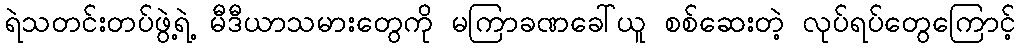
ရဲသတင်းတပ်ဖွဲ့ရဲ့ မီဒီယာသမားတွေကို မကြာခဏခေါ်ယူ စစ်ဆေးတဲ့ လုပ်ရပ်တွေကြောင့်